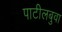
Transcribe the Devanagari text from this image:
पाटीलबुवा